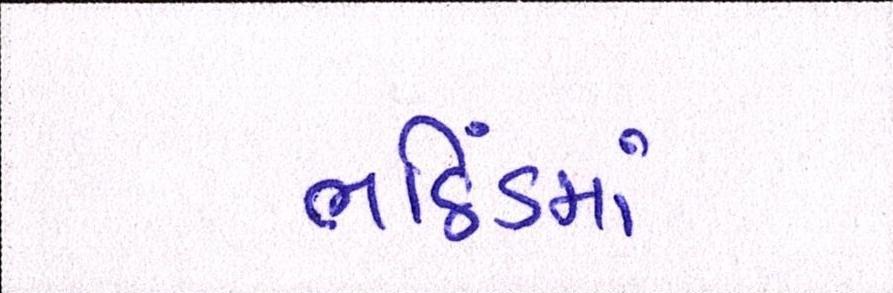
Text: ભઠિંડમાં